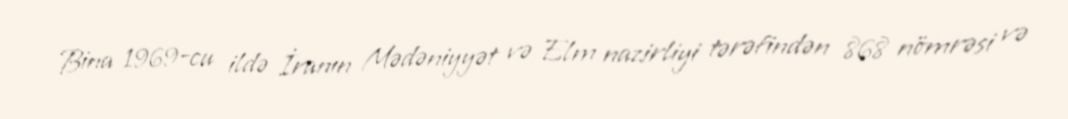
Bina 1969-cu ildə İranın Mədəniyyət və Elm nazirliyi tərəfindən 868 nömrəsi və